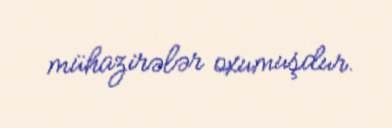
mühazirələr oxumuşdur.